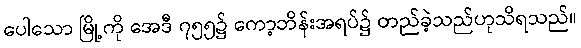
ပေါသော မြို့ကို အေဒီ ၇၅၅၌ ကော့ဘိန်းအရပ်၌ တည်ခဲ့သည်ဟုသိရသည်။